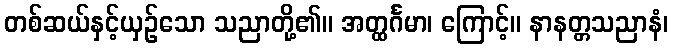
တစ်ဆယ်နှင့်ယှဉ်သော သညာတို့၏။ အတ္ထင်္ဂမာ၊ ကြောင့်။ နာနတ္တသညာနံ၊